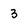
Character: 3